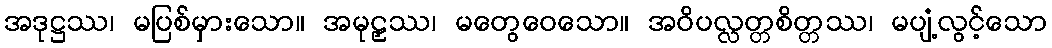
အဒုဋ္ဌဿ၊ မပြစ်မှားသော။ အမုဠှဿ၊ မတွေဝေသော။ အဝိပလ္လတ္တစိတ္တဿ၊ မပျံ့လွင့်သော